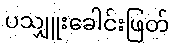
ပသျှူးခေါင်းဖြတ်